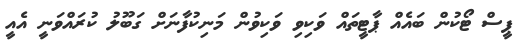
ޕީސް ޓޯކުން ބައެއް ޕާޓީތައް ވަކިވި ވަކިވުން މަނިކުފާނަށް ގަބޫލު ކުރައްވަނީ އެއީ